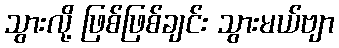
သွားလို့ ဖြစ်ဖြစ်ချင်း သွားမယ်ဗျာ